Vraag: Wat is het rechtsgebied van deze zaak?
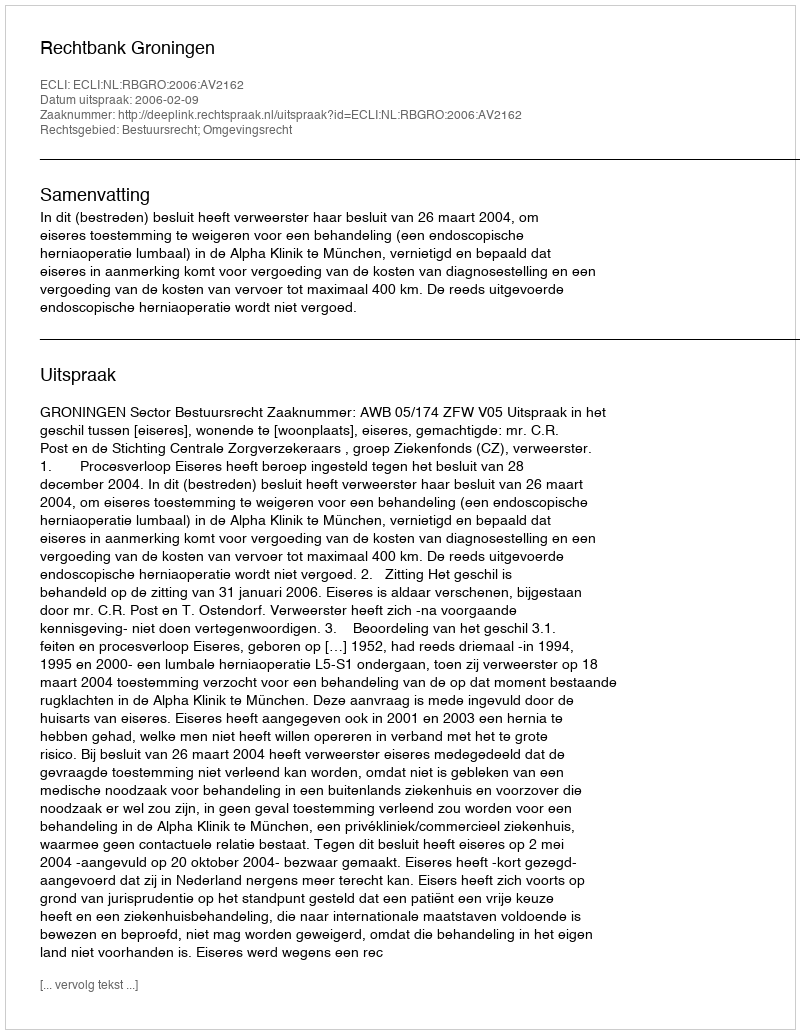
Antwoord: Bestuursrecht; Omgevingsrecht